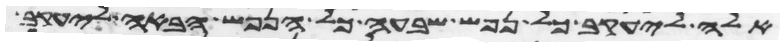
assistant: אלה ליעקב כל נפש שבע כל הנפש הבאה ליעקב